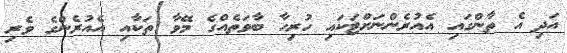
އަދި އެ ތާންގައި އެއުރެންނަށްޓަކައި ހުރިހާ ބާވަތެއްގެ މޭވާ ތަކާއި އެއުރެންގެ ވެރި